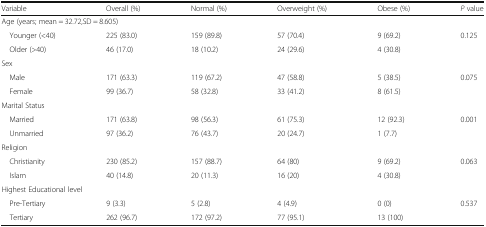
<table><thead><tr><td><b>Variable</b></td><td><b>Overall (%)</b></td><td><b>Normal (%)</b></td><td><b>Overweight (%)</b></td><td><b>Obese (%)</b></td><td><b><i>P</i> value</b></td></tr></thead><tbody><tr><td colspan="6">Age (years; mean = 32.72,SD = 8.605)</td></tr><tr><td> Younger (&lt;40)</td><td>225 (83.0)</td><td>159 (89.8)</td><td>57 (70.4)</td><td>9 (69.2)</td><td rowspan="2">0.125</td></tr><tr><td> Older (&gt;40)</td><td>46 (17.0)</td><td>18 (10.2)</td><td>24 (29.6)</td><td>4 (30.8)</td></tr><tr><td colspan="6">Sex</td></tr><tr><td> Male</td><td>171 (63.3)</td><td>119 (67.2)</td><td>47 (58.8)</td><td>5 (38.5)</td><td rowspan="2">0.075</td></tr><tr><td> Female</td><td>99 (36.7)</td><td>58 (32.8)</td><td>33 (41.2)</td><td>8 (61.5)</td></tr><tr><td colspan="6">Marital Status</td></tr><tr><td> Married</td><td>171 (63.8)</td><td>98 (56.3)</td><td>61 (75.3)</td><td>12 (92.3)</td><td rowspan="2">0.001</td></tr><tr><td> Unmarried</td><td>97 (36.2)</td><td>76 (43.7)</td><td>20 (24.7)</td><td>1 (7.7)</td></tr><tr><td colspan="6">Religion</td></tr><tr><td> Christianity</td><td>230 (85.2)</td><td>157 (88.7)</td><td>64 (80)</td><td>9 (69.2)</td><td rowspan="2">0.063</td></tr><tr><td> Islam</td><td>40 (14.8)</td><td>20 (11.3)</td><td>16 (20)</td><td>4 (30.8)</td></tr><tr><td colspan="6">Highest Educational level</td></tr><tr><td> Pre-Tertiary</td><td>9 (3.3)</td><td>5 (2.8)</td><td>4 (4.9)</td><td>0 (0)</td><td rowspan="2">0.537</td></tr><tr><td> Tertiary</td><td>262 (96.7)</td><td>172 (97.2)</td><td>77 (95.1)</td><td>13 (100)</td></tr></tbody></table>